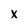
Character: x